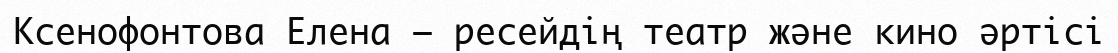
Ксенофонтова Елена — ресейдің театр және кино әртісі